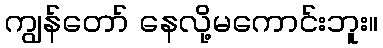
ကျွန်တော် နေလို့မကောင်းဘူး။